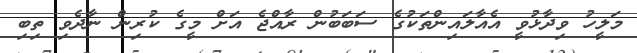
މަލީހު ވިދާޅުވީ އެއާލައިންތަކުގެ ސަބަބުން ރާއްޖެ އަށް މީގެ ކުރިން ނާދެވި ތިބި